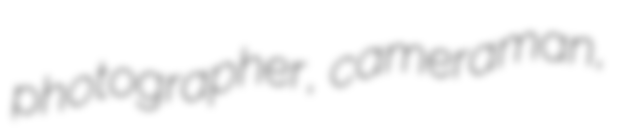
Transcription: photographer, cameraman,